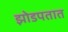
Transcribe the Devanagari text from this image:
झोडपतात